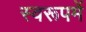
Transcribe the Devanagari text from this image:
स्वरूपमें